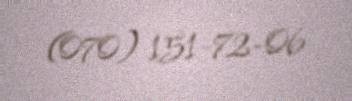
(070) 151-72-06